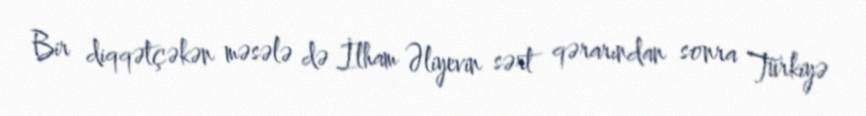
Bir diqqətçəkən məsələ də İlham Əliyevin sərt qərarından sonra Türkiyə